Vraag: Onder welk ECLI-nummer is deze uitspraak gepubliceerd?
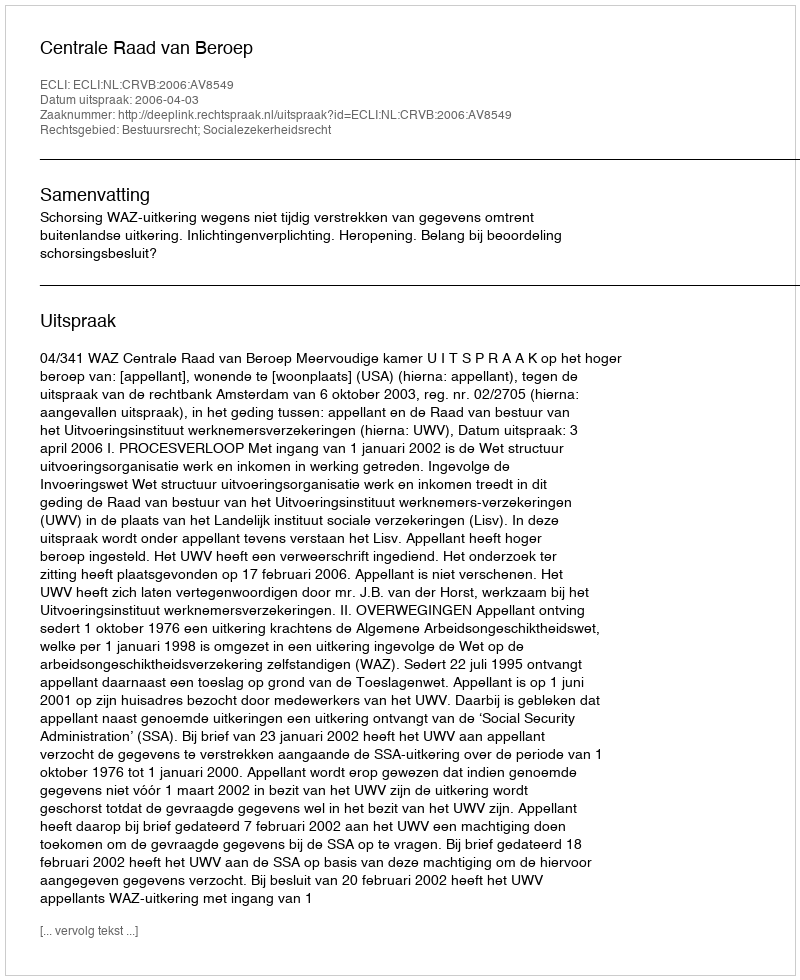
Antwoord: ECLI:NL:CRVB:2006:AV8549